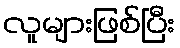
လူများဖြစ်ပြီး